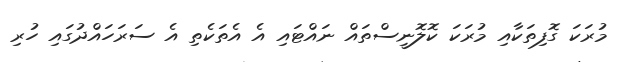
މުރަކަ ގޮފިތަކާއި މުރަކަ ކޮލޮނީސްތައް ނައްޓައި އެ އެތަކެތި އެ ސަރަހައްދުގައި ހުރި